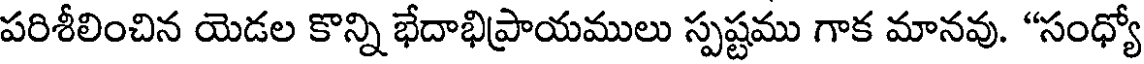
పరిశీలించిన యెడల కొన్ని భేదాభిప్రాయములు స్పష్టము గాక మానవు. "సంధ్యో